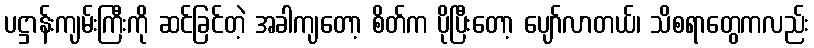
ပဋ္ဌာန်းကျမ်းကြီးကို ဆင်ခြင်တဲ့ အခါကျတော့ စိတ်က ပိုပြီးတော့ ပျော်လာတယ်၊ သိစရာတွေကလည်း